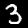
Label: 3